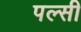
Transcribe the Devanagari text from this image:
पल्सी